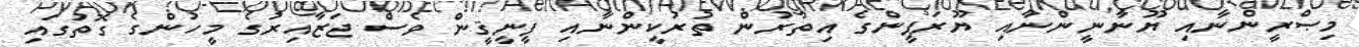
މިޞްރީންނާއި ޔޫނާނީންނާއި ޔޫރަޕީންގެ އިތުރުން ތުރުކީންނާއި ފީނީޤީން ވެސް ޖަޒާއިރުގެ މީހުންގެ ގޮތުގައި